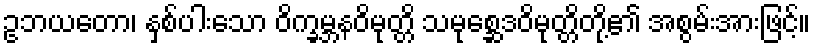
ဥဘယတော၊ နှစ်ပါးသော ဝိက္ခမ္ဘနဝိမုတ္တိ သမုစ္ဆေဒဝိမုတ္တိတို့၏ အစွမ်းအားဖြင့်။